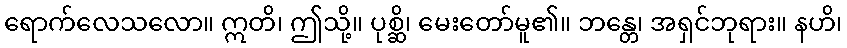
ရောက်လေသလော။ ဣတိ၊ ဤသို့။ ပုစ္ဆိ၊ မေးတော်မူ၏။ ဘန္တေ၊ အရှင်ဘုရား။ နဟိ၊